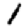
Digit: 1